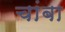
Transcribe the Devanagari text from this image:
चांबा